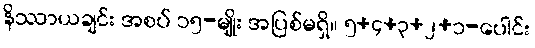
နိဿာယချင်း အစပ် ၁၅-မျိုး အပြစ်မရှိ။ ၅+၄+၃+၂+၁-ပေါင်း